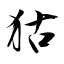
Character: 狜